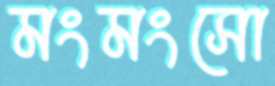
মংমংসো